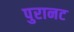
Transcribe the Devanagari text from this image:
पुरानट